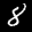
Label: 8